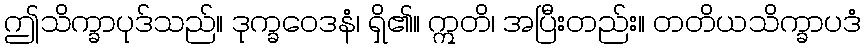
ဤသိက္ခာပုဒ်သည်။ ဒုက္ခဝေဒနံ၊ ရှိ၏။ ဣတိ၊ အပြီးတည်း။ တတိယသိက္ခာပဒံ